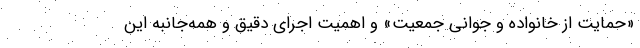
«حمایت از خانواده و جوانی جمعیت» و اهمیت اجرای دقیق و همه‌جانبه این